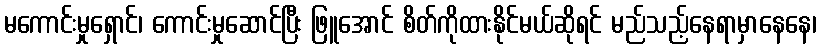
မကောင်းမှုရှောင်၊ ကောင်းမှုဆောင်ပြီး ဖြူအောင် စိတ်ကိုထားနိုင်မယ်ဆိုရင် မည်သည့်နေရာမှာနေနေ၊